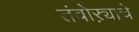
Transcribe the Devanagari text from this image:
तंबोऱ्याचे